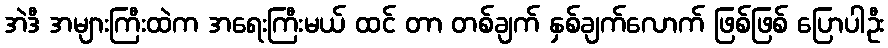
အဲဒီ အများကြီးထဲက အရေးကြီးမယ် ထင် တာ တစ်ချက် နှစ်ချက်လောက် ဖြစ်ဖြစ် ပြောပါဦး